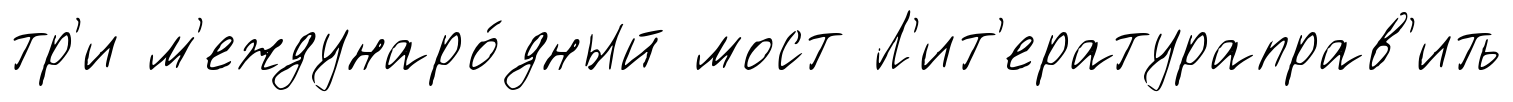
тр'и м'еждунаро́дный мост Л'ит'ератураправ'ить